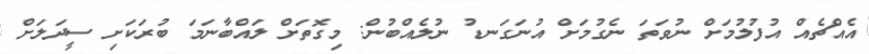
އެއްޗެއް އުފުލުމަށް ނުވަތަ ނެގުމަށް އުނަގަނޑު ނުލެއްބުން: މިގޮތަށް ލައްބާނަމަ ބުރަކަށި ސީދަލަށް